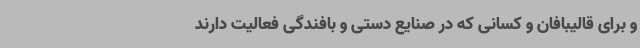
و برای قالیبافان و کسانی که در صنایع دستی و بافندگی فعالیت دارند